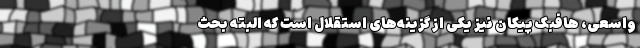
واسعی، هافبک پیکان نیز یکی از گزینه‌‌های استقلال است که البته بحث